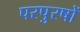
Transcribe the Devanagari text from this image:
परपुरषों